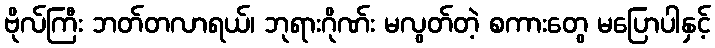
ဗိုလ်ကြီး ဘတ်တလာရယ်၊ ဘုရားဂိုဏ်း မလွတ်တဲ့ စကားတွေ မပြောပါနှင့်